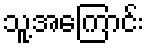
သူ့အကြောင်း